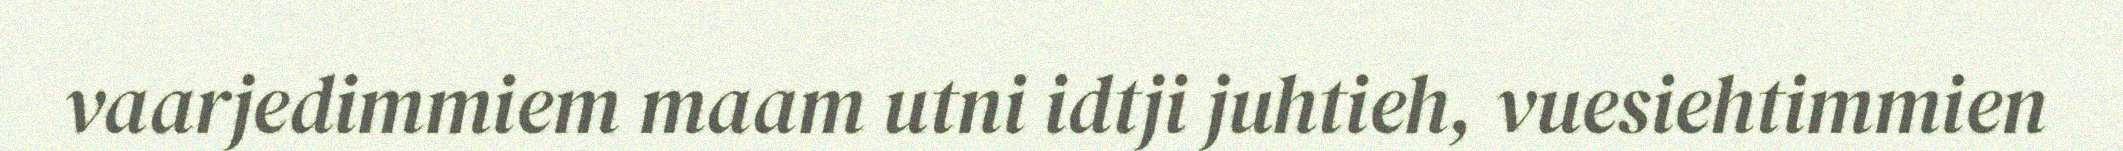
vaarjedimmiem maam utni idtji juhtieh, vuesiehtimmien